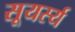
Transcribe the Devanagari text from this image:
सूयर्स्य